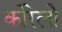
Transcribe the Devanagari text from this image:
कोरेलो